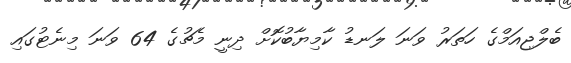
ބެލްޖިއަމްގެ ހަތަރު ވަނަ ލަނޑު ކާމިޔާބުކޮށް ދިނީ މެޗުގެ 64 ވަނަ މިނެޓުގައި